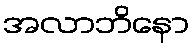
အလာဘိနော